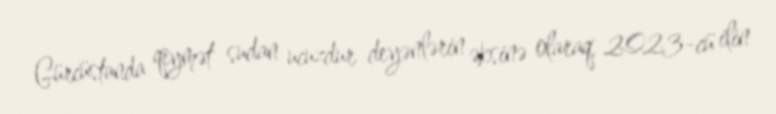
Gürcüstanda qiymət sudan ucuzdur deyənlərin əksinə olaraq, 2023-cü ilin